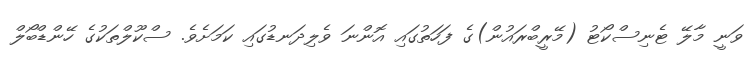
ވަނީ މާލޭ ޓެނިސްކޯޓު (މޭރީބްރައުން)ގެ ފަހަތުގައި އޮންނަ ވެލިދަނޑުގައި ކަމަށެވެ. ސްކޫލްތަކުގެ ހޭންޑްބޯލް